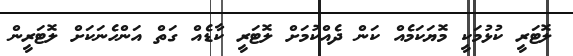
ލޮޓަރީ ކުޅުމަކީ މޮޔަކަމެއް ކަން ދެއްކުމަށް ލޮޓަރީ ކާޑެއް ގަތް އަންހެނަކަށް ލޮޓަރީން